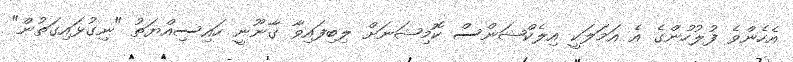
އެހެންވެ ފުލުހުންގެ އެ އަމަލަކީ އިލެކްޝަންސް ކޮމިޝަނަށް ލިބިފައިވާ ގާނޫނީ ހައިސިއްޔަތު "ނިގުޅައިގަތުން"